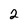
Character: 2